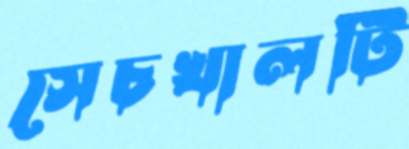
সেচখালটি